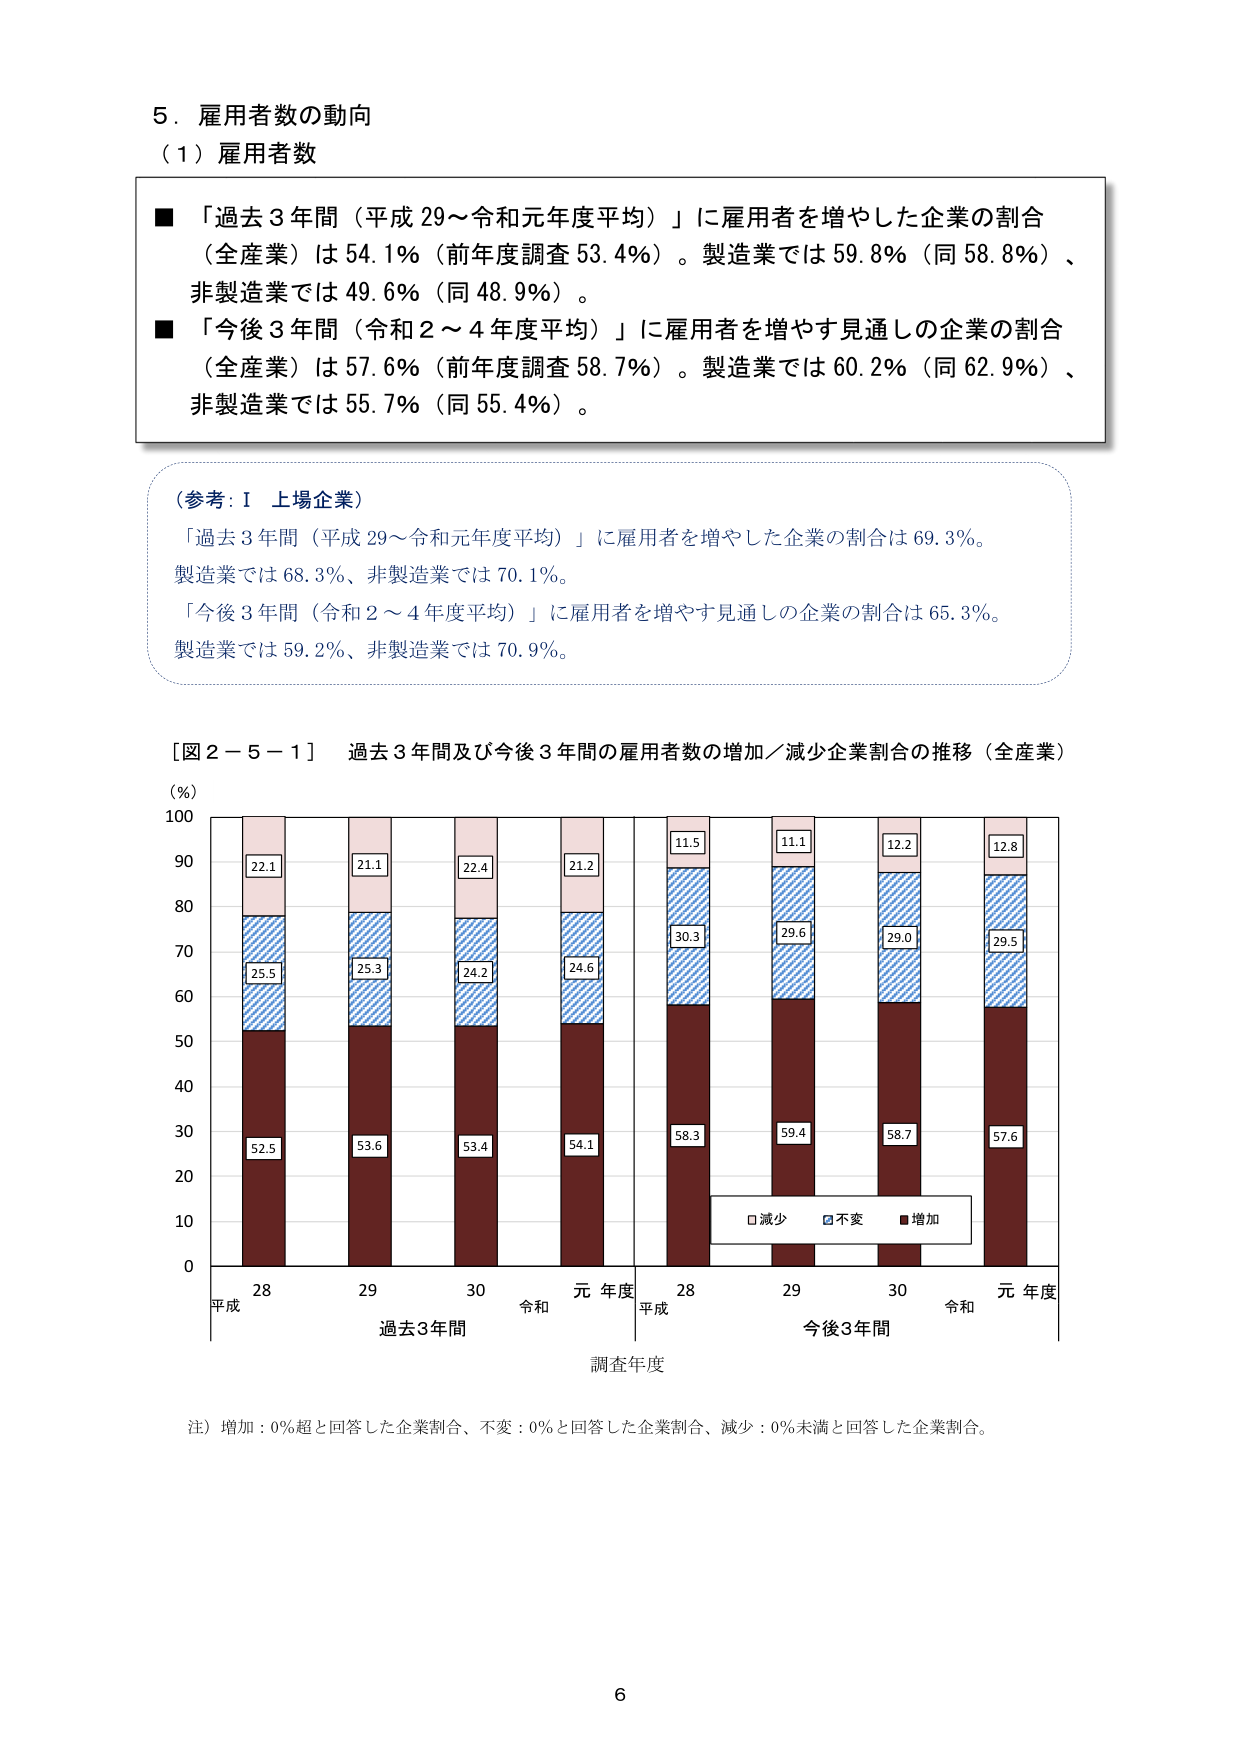
5．雇用者数の動向
（1）雇用者数

■「過去3年間（平成29～令和元年度平均）」に雇用者を増やした企業の割合
（全産業）は54.1％（前年度調査53.4％）。製造業では59.8％（同58.8％）、
非製造業では49.6％（同48.9％）。

■「今後3年間（令和2～4年度平均）」に雇用者を増やす見通しの企業の割合
（全産業）は57.6％（前年度調査58.7％）。製造業では60.2％（同62.9％）、
非製造業では55.7％（同55.4％）。

（参考：Ⅰ 上場企業）
「過去3年間（平成29～令和元年度平均）」に雇用者を増やした企業の割合は69.3％。
製造業では68.3％、非製造業では70.1％。
「今後3年間（令和2～4年度平均）」に雇用者を増やす見通しの企業の割合は65.3％。
製造業では59.2％、非製造業では70.9％。

［図2－5－1］ 過去3年間及び今後3年間の雇用者数の増加／減少企業割合の推移（全産業）

（％）
100
90
80
70
60
50
40
30
20
10
0

平成28　　29　　30　　令和元年度
過去3年間

平成28　　29　　30　　令和元年度
今後3年間

調査年度

□減少　■不変　■増加

22.1
25.5
52.5

21.1
25.3
53.6

22.4
24.2
53.4

21.2
24.6
54.1

11.5
30.3
58.3

11.1
29.6
59.4

12.2
29.0
58.7

12.8
29.5
57.6

注）増加：0％超と回答した企業割合、不変：0％と回答した企業割合、減少：0％未満と回答した企業割合。

6